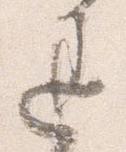
退